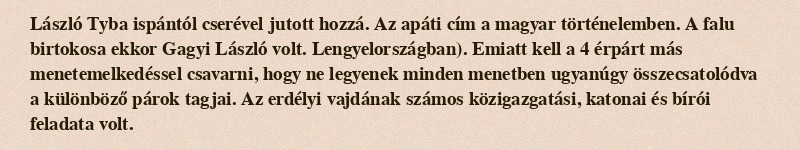
László Tyba ispántól cserével jutott hozzá. Az apáti cím a magyar történelemben. A falu birtokosa ekkor Gagyi László volt. Lengyelországban). Emiatt kell a 4 érpárt más menetemelkedéssel csavarni, hogy ne legyenek minden menetben ugyanúgy összecsatolódva a különböző párok tagjai. Az erdélyi vajdának számos közigazgatási, katonai és bírói feladata volt.